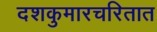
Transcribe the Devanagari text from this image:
दशकुमारचरितात